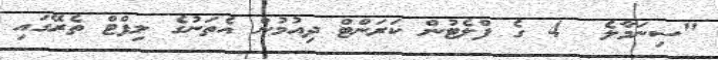
"ސިނަމާލެ  4 ގެ ފްލެޓުން ކަރަންޓް ދިއުމުން އެތަނުގެ ލިފްޓް ތެރޭގައި